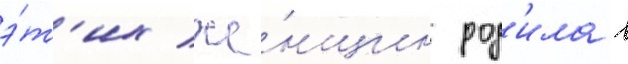
э́т'их же́нщин род'ила в